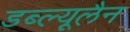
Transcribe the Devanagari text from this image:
डब्ल्यूलैन